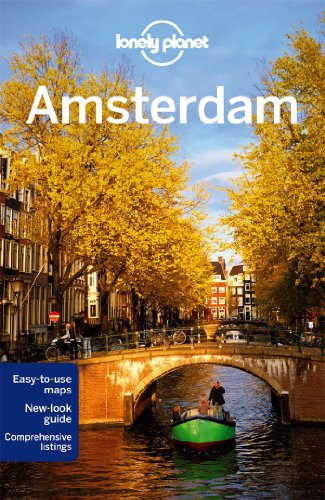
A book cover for Lonely Planet Amsterdam (Travel Guide); Lonely Planet; Travel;